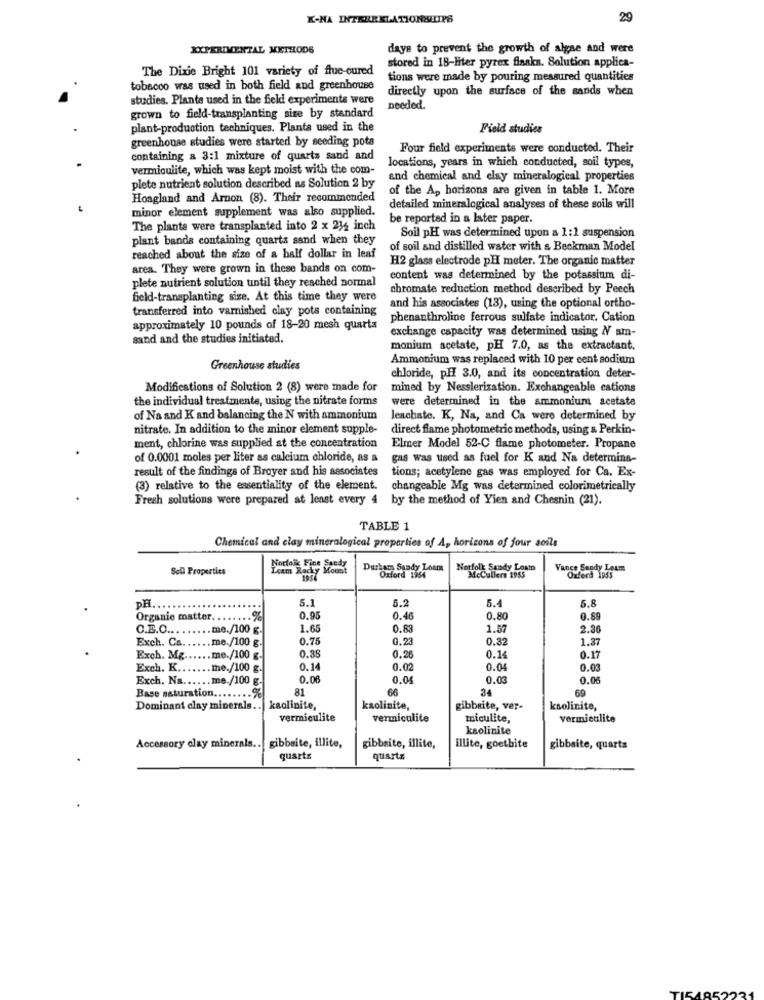
X-NA INTERRELATIONSHIPS
29
XXPERIMENTAL METHODS
days to prevent the growth of algae and were
stored in 18-liter pyrex finaks. Solution applica-
The Dixie Bright 101 variety of flue-cured
tions were made by pouring measured quantities
tobacco was used in both field and greenhouse
directly upon the surface of the sands when
studies. Plants used in the field experiments were
needed.
grown to field-transplanting size by standard
plant-production techniques. Planta used in the
Field studies
greenhouse studies were started by seeding pota
Four field experiments were conducted. Their
containing a 3:1 mixture of quarts sand and
vermiculite, which was kept moist with the com-
locations, years in which conducted, soil types,
and chemical and elay mineralogical properties
plete nutrient solution described as Solution 2 by
of the Ap horizons are given in table 1. More
Hoagland and Arnon (8). Their recommended
minor element supplement was also supplied.
detailed mineralogical analyses of these soils will
be reported in a later paper.
The plants were transplanted into 2 x 212 inch
plant bands containing quarts sand when they
Soil pH was determined upon a 1 :1 suspension
of soil and distilled water with & Beckman Model
reached about the size of a half dollar in leaf
H2 glass electrode pH meter. The organic matter
area. They were grown in these bands on com-
content was determined by the potassium di-
plete nutrient solution until they reached normal
chromate reduction method described by Peech
field-transplanting size. At this time they were
transferred into varnished clay pots containing
and his associates (13), using the optional ortho-
phenanthroline ferrous sulfate indicator. Cation
approximately 10 pounds of 18-20 mesh quarta
exchange capacity was determined using NV am-
sand and the studies initiated.
monium acetate, pH 7.0, as the extractant.
Ammonium was replaced with 10 per cent sodium
Greenhouse studies
chloride, pH 3.0, and its concentration deter-
Modifications of Solution 2 (8) were made for
mined by Nesslerization. Exchangeable cations
the individual treatmente, using the nitrate forms
were determined in the ammonium acetate
of Na and K and balancing the N with ammonium
leschate. K, Na, and Ca were determined by
nitrate. In addition to the minor element supple-
direct flame photometric methods, using & Perkin-
ment, chlorine was supplied at the concentration
Elmer Model 52-C flame photometer. Propane
of 0.0001 moles per liter as calcium chloride, as a
gas was used as fuel for K and Na determina-
result of the findings of Broyer and his associates
tions; acetylene gas was employed for Ca. Ex-
(3) relative to the essentiality of the element.
changeable Mg was determined colorimetrically
Fresh solutions were prepared at least every 4 by the method of Yien and Chesnin (21).
TABLE 1
Chemical and clay mineralogical properties of A, horizons of four soils
Soll Properties
Durham Sandy Losm
Norfolk Sandy Losm
Vance Sandy Lesm
Oxford 1954
Oxford 1955
DH
5.1
5.4
5.8
5.2
Organic matter ........ %
0.95
0.46
0.80
0.89
C.E.O ......... me./100 g.
1.65
0.83
1.57
2.36
Exch. Ca ...... me./100 g.
0.75
0.23
0.32
1.37
0.85
0.14
Exch. Mg ...... me./100 g.
0.26
0.17
Exch. K ....
me./100 g.
0.14
0.02
0.04
0.03
Exch. Na ...... me./100 g.
0.06
0.04
0.03
0.05
81
66
34
69
Base saturation ........ %
Dominant clay minerals ..
kaolinite,
kaolinite,
gibbsite, ver-
ksolinite,
vermiculite
vermiculite
miculite,
vermiculite
kaolinite
Accessory clay minerals ..
gibbsite, illite,
gibbsite, illite,
illite, goetbite
gibbsite, quarts
quartz
quartz